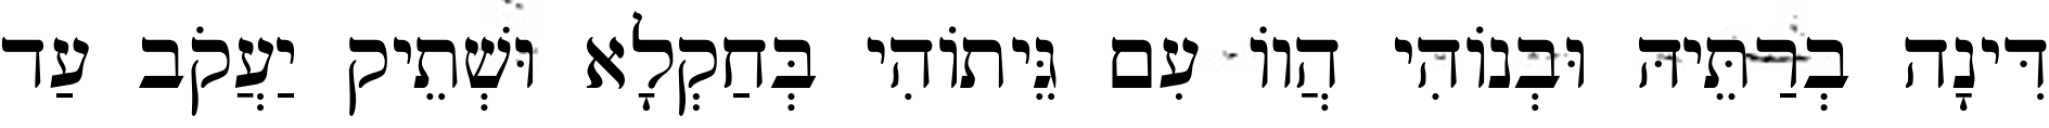
דִּינָה בְרַתֵּיהּ וּבְנוֹהִי הֲווֹ עִם גֵּיתוֹהִי בְּחַקְלָא וּשְׁתֵיק יַעֲקֹב עַד